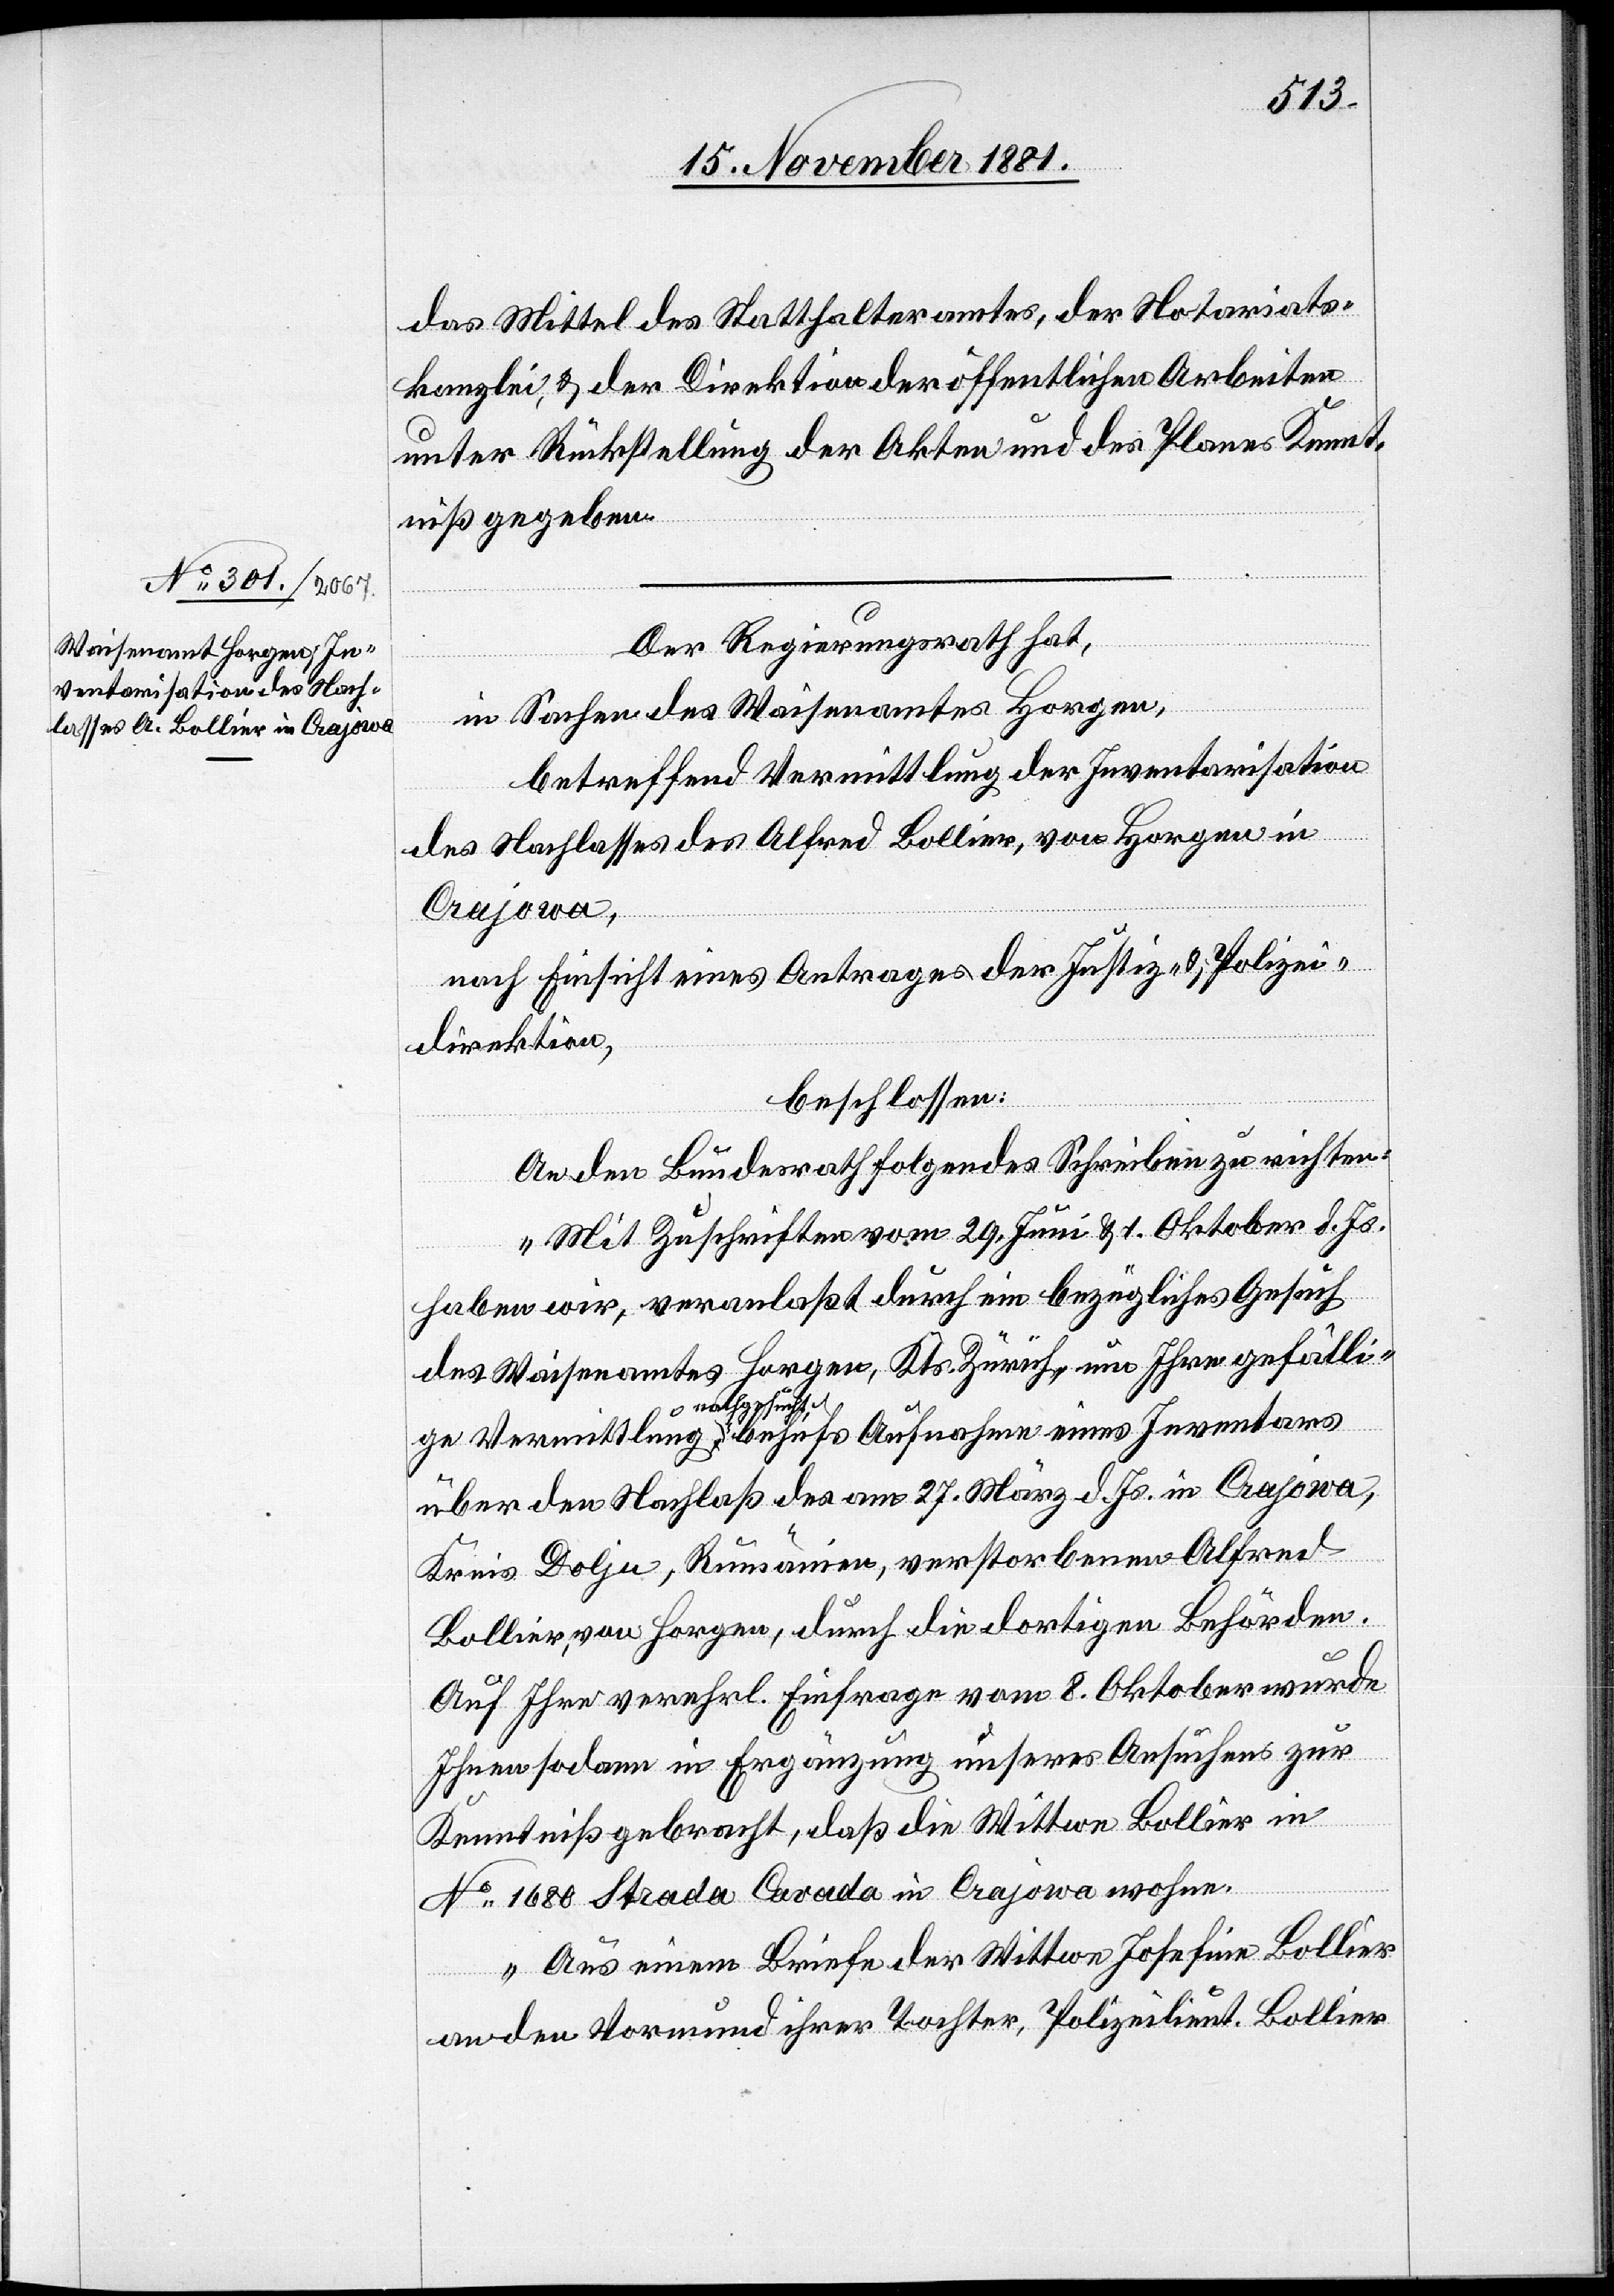
das Mittel des Statthalteramtes, der Notariats¬
kanzlei, & der Direktion der öffentlichen Arbeiten
unter Rückstellung der Akten und des Planes Kennt¬
niß gegeben.
eines
Der Regierungsrath hat,
in Sachen des Waisenamtes Horgen,
betreffend Vermittlung der Inventarisation
des Nachlasses des Alfred Bollier, von Horgen in
Crajowa,
nach Einsicht eines Antrages der Justiz- & Polizei¬
direktion,
beschlossen:
An den Bundesrath folgendes Schreiben zu richten:
„Mit Zuschriften vom 29. Juni & 1. Oktober d. Js.
haben wir, veranlaßt durch ein bezügliches Gesuch
des Waisenamtes Horgen, Kts. Zürich, um Ihre gefälli¬
Inventars
ge
über den Nachlaß des am 27. März d. Js. in Crajowa,
Kreis Doljn, Rumänien, verstorbenen Alfred
Bollier, von Horgen, durch die dortigen Behörden.
Auf Ihre verehrl. Einfrage vom 8. Oktober wurde
Ihnen sodann in Ergänzung unseres Ansuchens zur
Kenntniß gebracht, daß die Wittwe Bollier in
No 1860 Strada Cavada in Crajowa wohne.
Aus einem Briefe der Wittwe Josefine Bollier
an den Vormund ihrer Tochter, Polizeilieut. Bollier